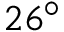
2 6 ^ { \circ }